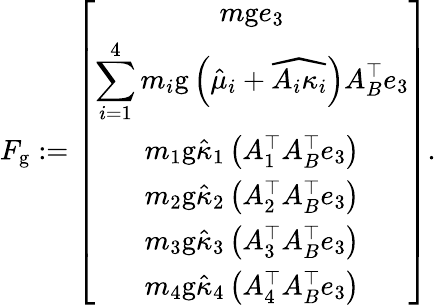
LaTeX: \begin{array}{r}{F_{\mathrm{g}}:=\left[\begin{array}{c}{m\mathrm{g}e_{3}}\\ {\displaystyle\sum_{i=1}^{4}m_{i}\mathrm{g}\left(\hat{\mu}_{i}+\widehat{A_{i}\kappa_{i}}\right)A_{B}^{\top}e_{3}}\\ {m_{1}\mathrm{g}\hat{\kappa}_{1}\left(A_{1}^{\top}A_{B}^{\top}e_{3}\right)}\\ {m_{2}\mathrm{g}\hat{\kappa}_{2}\left(A_{2}^{\top}A_{B}^{\top}e_{3}\right)}\\ {m_{3}\mathrm{g}\hat{\kappa}_{3}\left(A_{3}^{\top}A_{B}^{\top}e_{3}\right)}\\ {m_{4}\mathrm{g}\hat{\kappa}_{4}\left(A_{4}^{\top}A_{B}^{\top}e_{3}\right)}\end{array}\right].}\end{array}